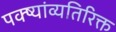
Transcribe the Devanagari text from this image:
पक्ष्यांव्यतिरिक्त